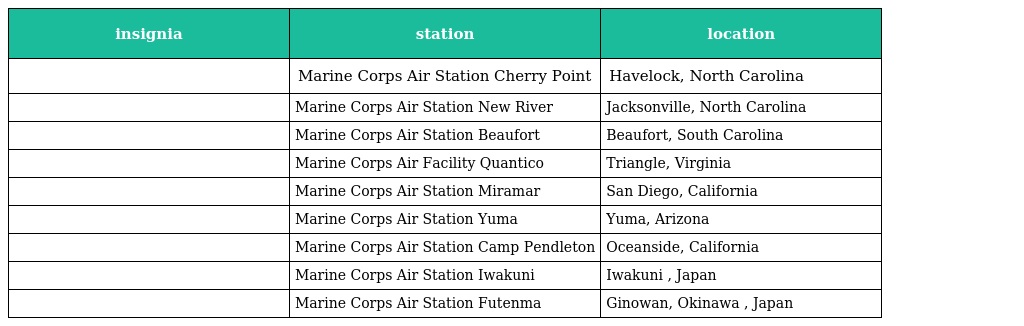
| insignia | station | location |
 | --- | --- | --- |
 |  | Marine Corps Air Station Cherry Point | Havelock, North Carolina |
 |  | Marine Corps Air Station New River | Jacksonville, North Carolina |
 |  | Marine Corps Air Station Beaufort | Beaufort, South Carolina |
 |  | Marine Corps Air Facility Quantico | Triangle, Virginia |
 |  | Marine Corps Air Station Miramar | San Diego, California |
 |  | Marine Corps Air Station Yuma | Yuma, Arizona |
 |  | Marine Corps Air Station Camp Pendleton | Oceanside, California |
 |  | Marine Corps Air Station Iwakuni | Iwakuni , Japan |
 |  | Marine Corps Air Station Futenma | Ginowan, Okinawa , Japan |